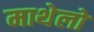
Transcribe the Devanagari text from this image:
माथेलो